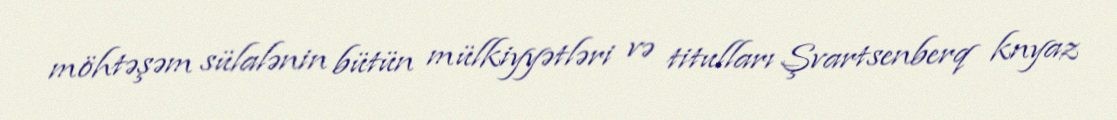
möhtəşəm sülalənin bütün mülkiyyətləri və titulları Şvartsenberq knyaz